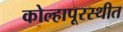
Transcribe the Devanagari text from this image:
कोल्हापूरस्थीत